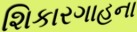
શિકારગાહના